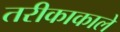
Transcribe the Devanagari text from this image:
तरीकाकाले